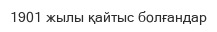
1901 жылы қайтыс болғандар